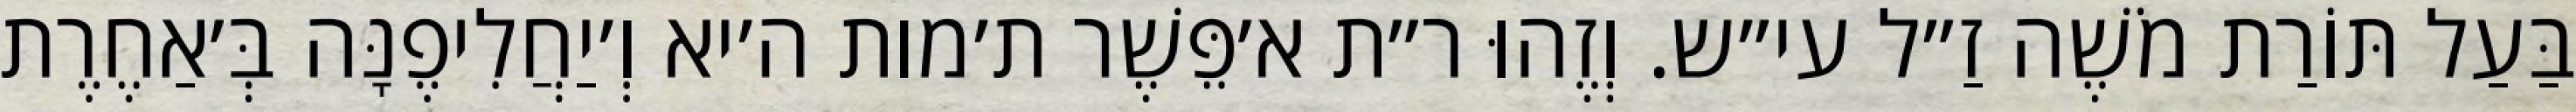
בַּעַל תּוֹרַת מֹשֶׁה זַ״ל עי״ש. וְזֶהוּ ר״ת א׳פֵּשֶׁר ת׳מות ה׳יא וְ׳יַחֲלִיפֶנָּה בְּ׳אַחֶרֶת